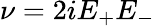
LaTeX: \nu=2iE_{+}E_{-}